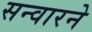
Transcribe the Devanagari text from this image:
सन्वारने